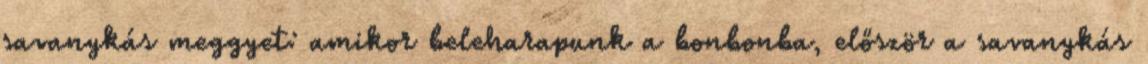
savanykás meggyet: amikor beleharapunk a bonbonba, először a savanykás